Black-water fever - Number 35
Disease focus: Fever
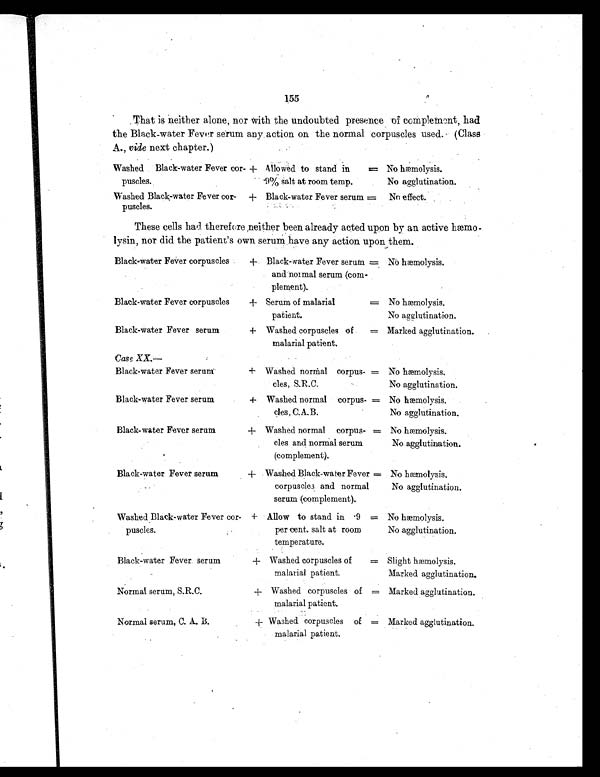
155
That is neither alone, nor with the undoubted presence of ccmplemont, had
the Black-water Fever serum any action on the normal corpuscles used. (Class
A., vide next chapter.)
Washed Black-water Fever cor-
puscles.
+ Allowed to stand in
.9% Salt at room temp.
= No hæmolysis.
No agglutination.
Washed Black-water Fever cor-
puscles.
+ Black-water Fever serum = No effect.
These cells had therefore neither been already acted upon by an active hæmo-
lysin, nor did the patient's own serum have any action upon them.
Black-water Fever corpuscles
+ Black-water Fever serum
and normal serum (com-
plement).
= No hæmolysis.
Black-water Fever corpuscles
+ Serum of malarial
patient.
= No hæmolysis.
No agglutination.
Black-water Fever serum
+ Washed corpuscles of
malarial patient.
= Marked agglutination.
Case XX. —
Black-water Fever serum:
+ Washed normal corpus-
cles, S.R.C.
= No hæmolysis.
No agglutination.
Black-water Fever serum
+ Washed normal corpus-
cles, C.A.B.
= No hæmolysis.
No agglutination.
Black-water Fever serum
+ Washed normal corpus-
les and normal serum
(complement).
= No hæmolysis.
No agglutination.
Black-water Fever serum
+ Washed Black-water Fever
corpuscles and normal
serum (complement).
= No hæmolysis.
No agglutination.
Washed Black-water Fever cor-
puscles.
+ Allow to stand in .9
per cent. salt at room
temperature.
= No hæmolysis.
No agglutination.
Black-water Fever. serum
+ Washed corpuscles of
malarial patient.
= Slight hæmolysis.
Marked agglutination.
Normal serum, S.R.C.
+ Washed corpuscles of
malarial patient.
= Marked agglutination.
Normal serum, C. A. B.
+ Washed corpuscles of
malarial patient.
= Marked agglutination.